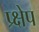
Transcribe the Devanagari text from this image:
प्र्क्षेप